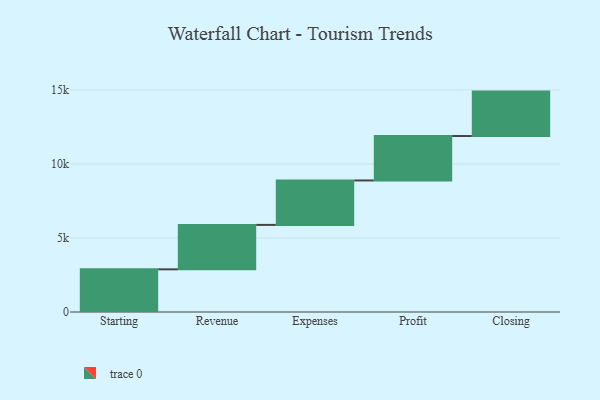
{"axis": {"x": "Step", "y": "Value"}, "legend": [""], "data": [{"x": "Starting", "y": 2882.0, "type": ""}, {"x": "Revenue", "y": 3000, "type": ""}, {"x": "Expenses", "y": 3000, "type": ""}, {"x": "Profit", "y": 3000, "type": ""}, {"x": "Closing", "y": 3000, "type": ""}]}